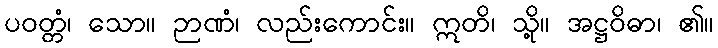
ပဝတ္တံ၊ သော။ ဉာဏံ၊ လည်းကောင်း။ ဣတိ၊ သို့။ အဋ္ဌဝိဓာ၊ ၏။